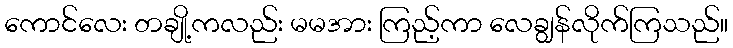
ကောင်လေး တချို့ကလည်း မမအား ကြည့်ကာ လေချွန်လိုက်ကြသည်။